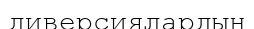
диверсиялардың